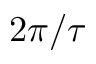
2 \pi / \tau